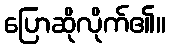
ပြောဆိုလိုက်၏။